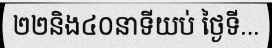
២២និង៤០នាទីយប់ ថ្ងៃទី...